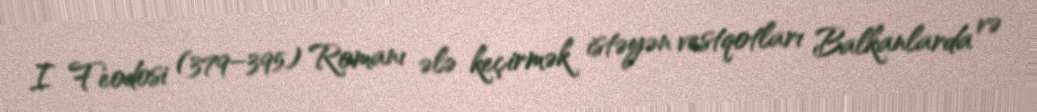
I Feodosi (379–395) Romanı ələ keçirmək istəyən vestqotları Balkanlarda və